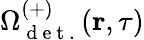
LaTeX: \Omega_{\mathrm{~d~e~t~.~}}^{(+)}(\textbf{r},\tau)